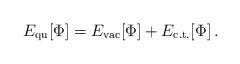
LaTeX: \begin{align*}E_{\rm qu}[\Phi]=E_{\rm vac}[\Phi]+E_{\rm c.t.}[\Phi]\, .\end{align*}